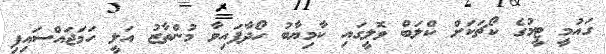
ގައުމީ ޓީމުގެ ކޯޗަކަށް ކްލަބް ވޮލީގައި ކާމިޔާބު ހޯދާފައިވާ މުންތާޒު އަލީ ހަމަޖައްސައިފި